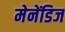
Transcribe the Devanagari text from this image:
मेनेंडिज